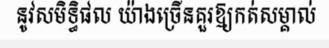
នូវសមិទ្ធិផល យ៉ាងច្រើនគួរឱ្យកត់សម្គាល់